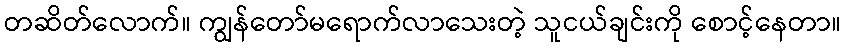
တဆိတ်လောက်။ ကျွန်တော်မရောက်လာသေးတဲ့ သူငယ်ချင်းကို စောင့်နေတာ။